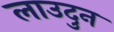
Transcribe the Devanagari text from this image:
लाउदुन